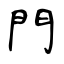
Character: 門